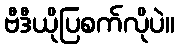
ဗီဒီယိုပြစက်လိုပဲ။